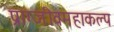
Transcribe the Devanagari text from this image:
प्राग्जीवमहाकल्प